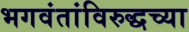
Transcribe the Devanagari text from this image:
भगवंतांविरुद्धच्या